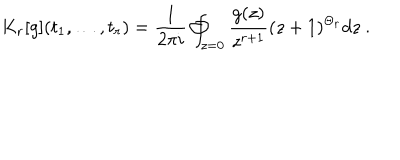
K _ { r } [ g ] ( t _ { 1 } , \ldots , t _ { r } ) = { \frac { 1 } { 2 \pi i } } \oint _ { z = 0 } { \frac { g ( z ) } { z ^ { r + 1 } } } ( z + 1 ) ^ { \Theta _ { r } } d z \ .